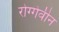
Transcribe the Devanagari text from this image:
रोग्गेवीन